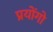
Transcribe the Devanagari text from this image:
प्रयोंगो